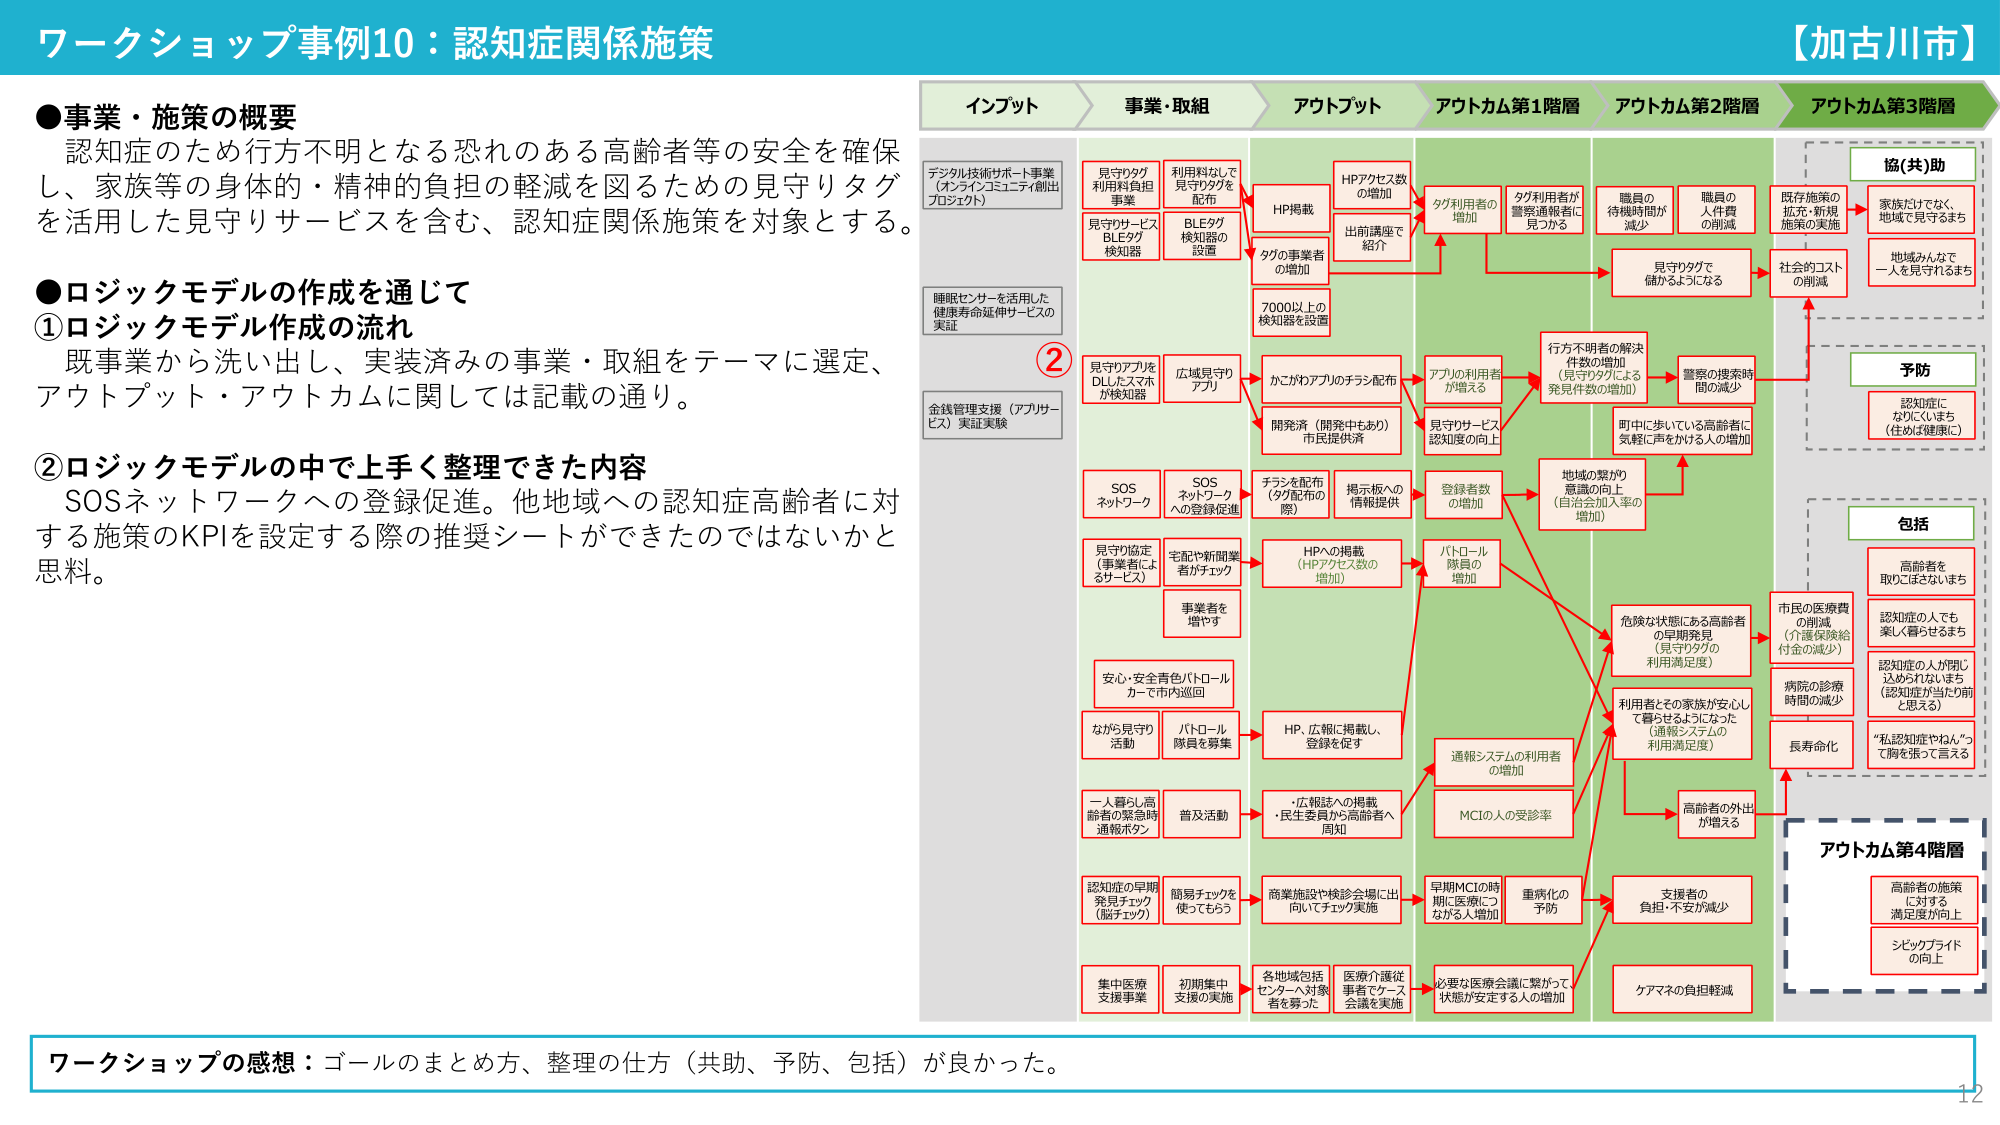
ワークショップ事例10：認知症関係施策
【加古川市】

●事業・施策の概要
認知症のため行方不明となる恐れのある高齢者等の安全を確保し、家族等の身体的・精神的負担の軽減を図るための見守りタグを活用した見守りサービスを含む、認知症関係施策を対象とする。

●ロジックモデルの作成を通じて
①ロジックモデル作成の流れ
既事業から洗い出し、実装済みの事業・取組をテーマに選定、アウトプット・アウトカムに関しては記載の通り。

②ロジックモデルの中で上手く整理できた内容
SOSネットワークへの登録促進。他地域への認知症高齢者に対する施策のKPIを設定する際の推奨シートができたのではないかと思料。

インプット
デジタル技術サポート事業（オンラインコミュニティ創出プロジェクト）
睡眠センサーを活用した健康寿命延伸サービスの実証
金銭管理支援（アプリサービス）実証実験

事業・取組
見守りタグ利用料負担事業
見守りサービスBLEタグ検知器
利用料なしで見守りタグを配布
BLEタグ検知器の設置
見守りアプリをDLLたスマホが検知器
広域見守りアプリ
SOSネットワーク
SOSネットワークへの登録促進
見守り協定（事業者によるサービス）
宅配や新開業者がチェック
事業者を増やす
安心・安全青色パトロールカーで市内巡回
ながら見守り活動
パトロール隊員を募集
一人暮らし高齢者の緊急時通報ボタン
普及活動
認知症の早期発見チェック（脳チェック）
簡易チェックを使ってもらう
集中医療支援事業
初期集中支援の実施
各地域包括センターへ対象者を募った
医療介護従事者でケース会議を実施

アウトプット
HP掲載
タグの事業者の増加
7000以上の検知器を設置
かごわアプリのチラシ配布
開発済（開発中もあり）市民提供済
チラシを配布（タグ配布の際）
掲示板への情報提供
HPへの掲載（HPアクセス数の増加）
HP、広報に掲載し、登録を促す
・広報誌への掲載
・民生委員から高齢者へ周知
商業施設や検診会場に出向いてチェック実施
必要ない医療会議に繋がって状態が安定する人の増加

アウトカム第1階層
HPアクセス数の増加
出前講座で紹介
タグ利用者の増加
タグ利用者が警察通報者に見つかる
アプルの利用者が増える
見守りサービス認知度の向上
登録者数の増加
パトロール隊員の増加
通報システムの利用者の増加
MCIの人の受診率
早期MCIの時期に医療につながる人増加
重病化の予防
支援者の負担・不安が減少
ケアマネの負担軽減

アウトカム第2階層
職員の待機時間が減少
職員の人員費の削減
見守りタグを儲かるようになる
行方不明者の解決件数の増加（見守りタグによる発見件数の増加）
警察の捜索時間の減少
町中に歩いている高齢者に気軽に声をかける人の増加
地域の繋がり意識の向上（自治会加入率の増加）
危険な状態にある高齢者の早期発見（見守りタグの利用満足度）
利用者とその家族が安心して暮らせるようになった（通報システムの利用満足度）
高齢者の外出が増える

アウトカム第3階層
協(共)助
既存施策の拡充・新規施策の実施
家族だけでなく、地域で見守るまち
地域みんなで一人を見守れるまち
予防
認知症になりにくいまち（住みは健康に）
包括
高齢者を取りこぼさないまち
認知症の人でも楽しく暮らせるまち
認知症の人が閉じ込められないまち（認知症が当たり前と思える）
“私認知症やねん”って胸を張って言える
市民の医療費の削減（介護保険給付金の減少）
病院の診療時間の減少
長寿命化

アウトカム第4階層
高齢者の施策に対する満足度が向上
シビックプライドの向上

ワークショップの感想：ゴールのまとめ方、整理の仕方（共助、予防、包括）が良かった。
12